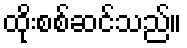
ထိုးစစ်ဆင်သည်။